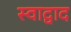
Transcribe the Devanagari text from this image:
स्वाद्वाद